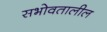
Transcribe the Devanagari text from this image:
सभोवतालील